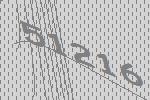
51216